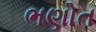
ભણોત